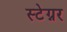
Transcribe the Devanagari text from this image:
स्टेग्नर